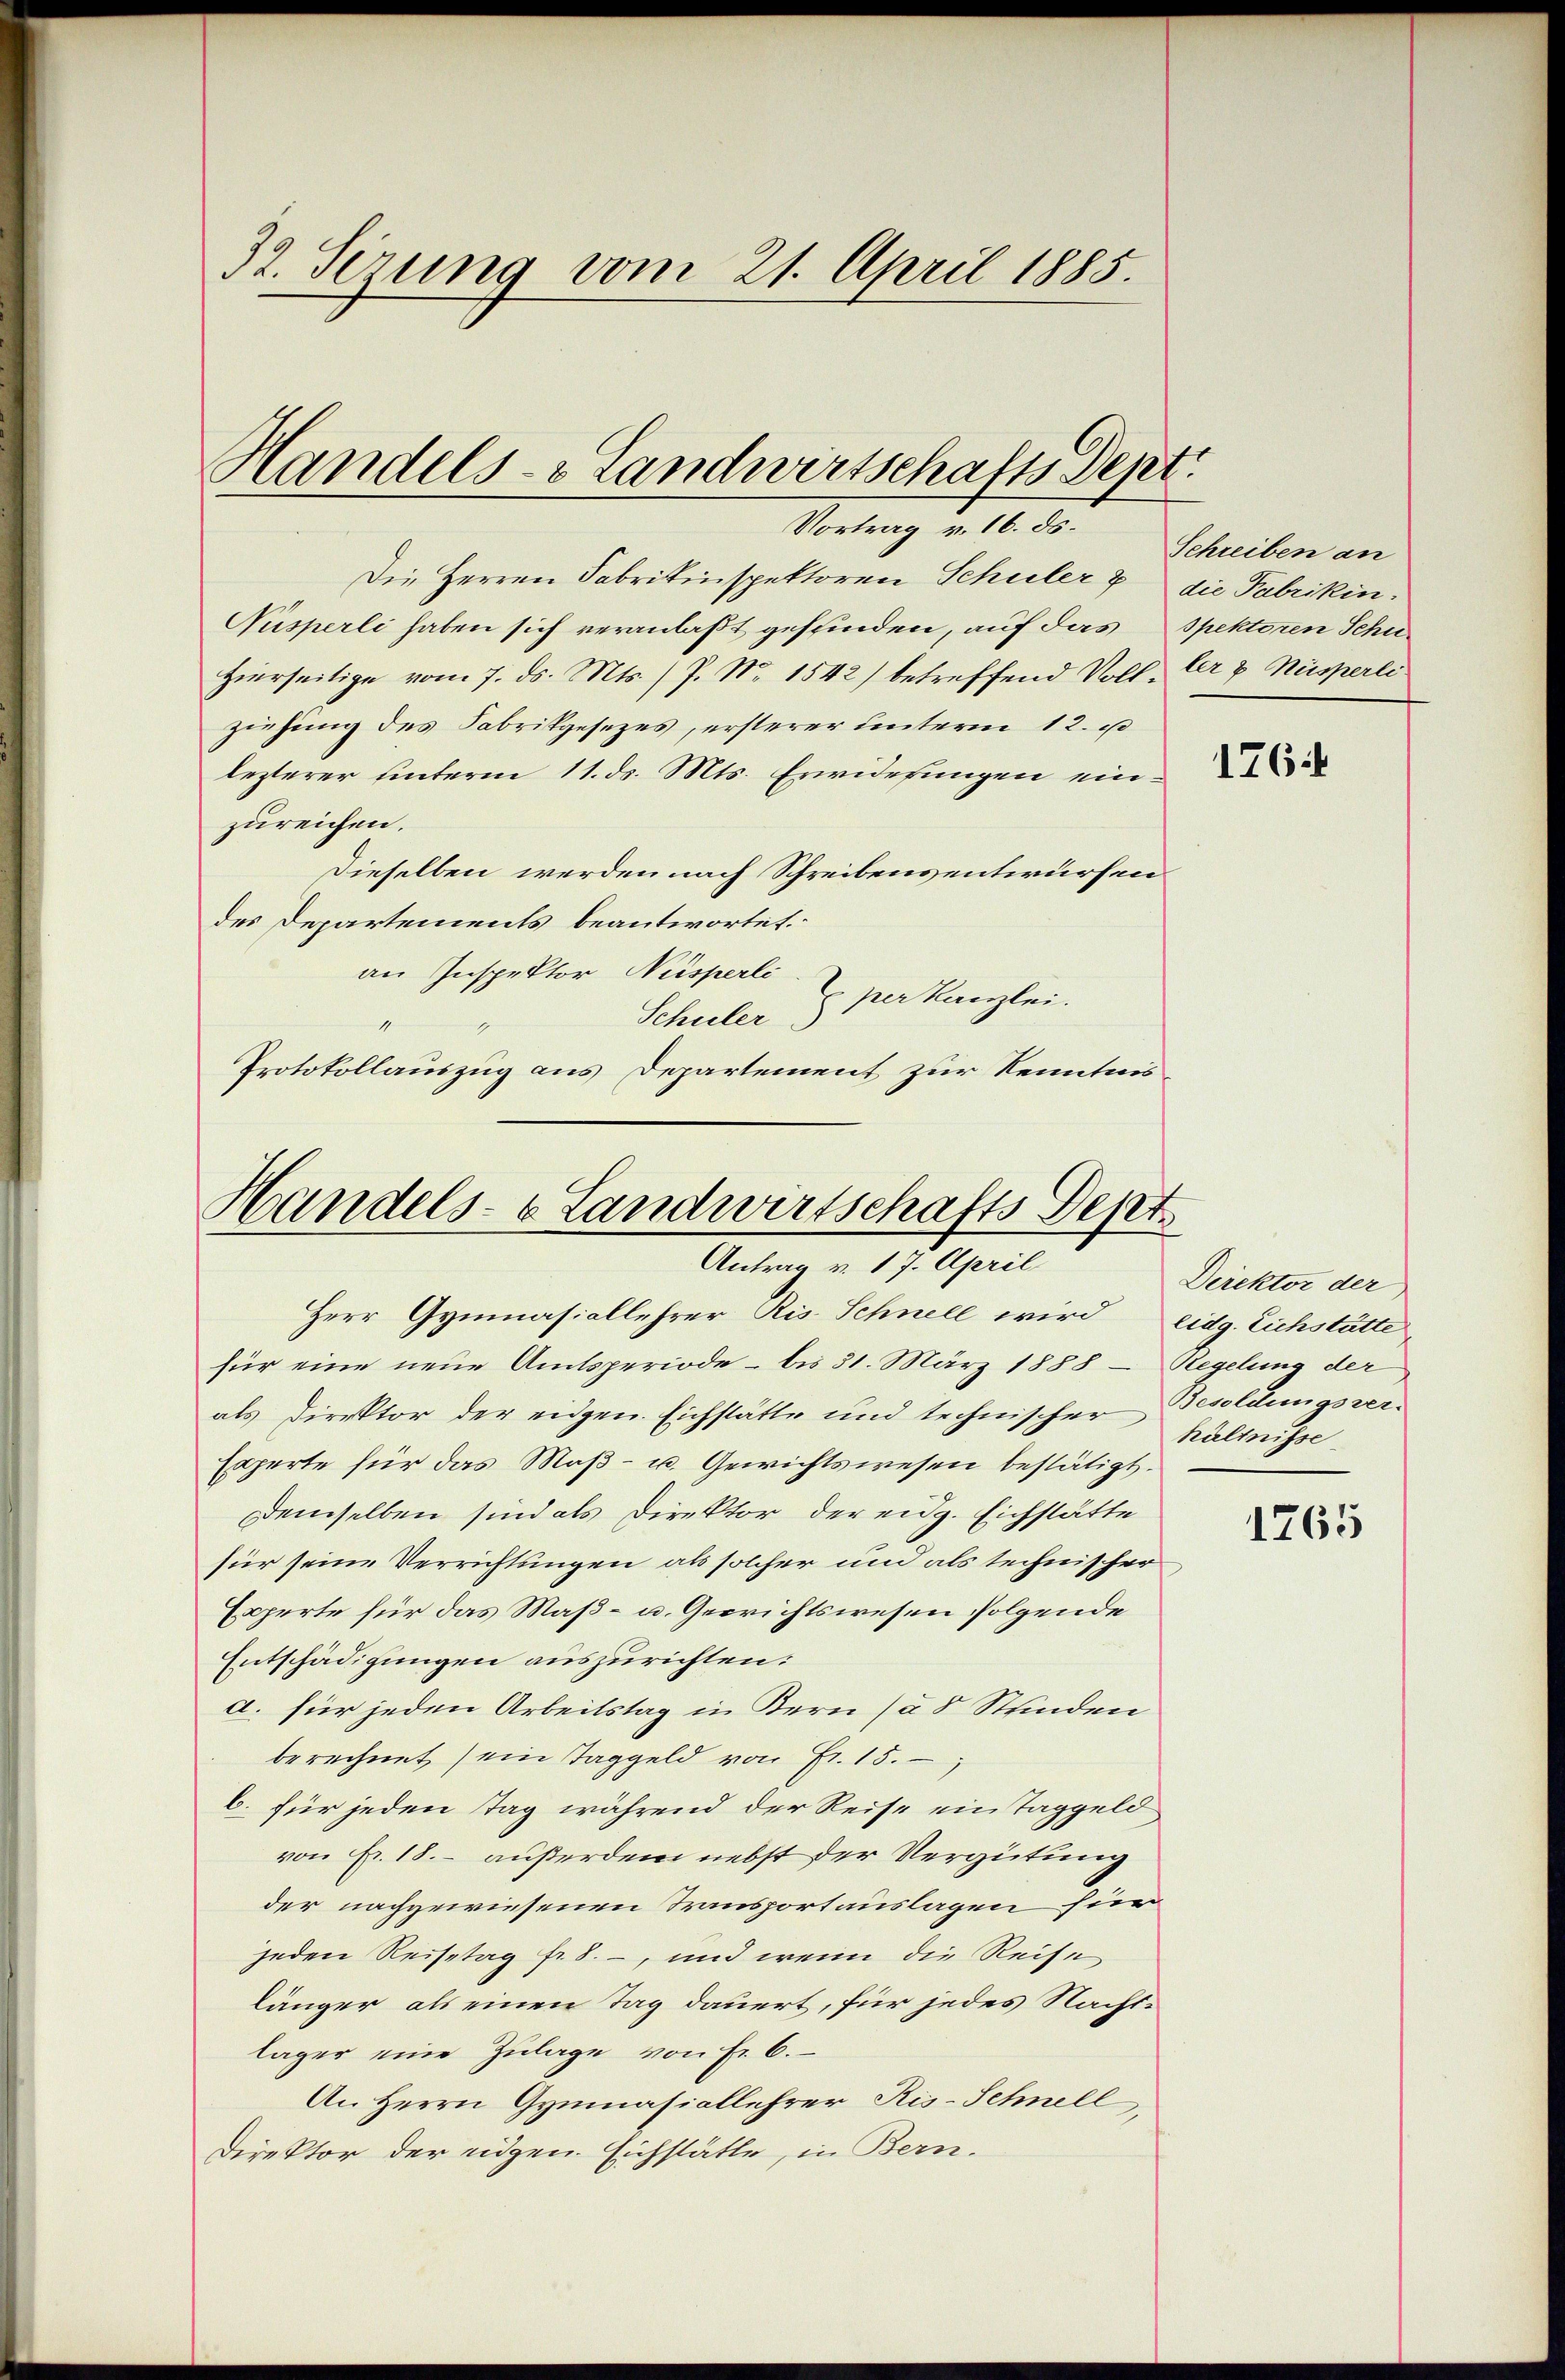
32. Sezung vom 21. April 1885.

Handels- & Landwirtschafts Dept.
Vortrag v. 16. ds.

Die Herren Fabrikinspektoren Schuler & die Fabrikin¬
Nusperli haben sich veranlaßt geffinden, auf das Spektoren Schuhierseitige vom 7. ds. Mts. / P. Nr. 1542) betreffend Voll Er 7 Nisperli
ziehung des Fabrikgesezes, ersterer unterm 12. u
lezterer unterm 11. ds. Mts. Erwiderungen einzureichen.
Dieselben werden nach Schreibensentwürfen
des Departements beantwortet.
an Inspektor, Nüsperli
per Kanzlei.
Schuler
Protokollauszug aus Departement zur Kenntnis¬

Handels- & Landwirtschafts Sept.
Antrag v. 17. April
Herr Gymnasiallehrer Ris. Schnell wird eidg. Eichstätte

für eine neue Amtsperiode - bis 31. März 1888 - Regelung der
als Direktor der eidgen. Eichstätte und technischer Besoldungsver¬
Experte für das Maß- u. Gewichtswesen bestätigt.
Demselben sind als Direktor der eidg. Eichstätte
für seine Verrichtungen als solcher und als technischer
Experte für das Maß- u. Gerichtswesen folgende
Entschädigungen auszurichten:
a. für jeden Arbeitstag in Bern (à 8 Stunden
berechnet (ein Taggeld von Fr. 15.
b. für jeden Tag während der Reise ein Taggeld,
von Fr. 18. – außerdem nebst der Vergütung
der nachgewiesenen Transportauslagen für
jeden Reisetag fr. 8. –, und wenn die Reise
länger als einen Tag dauert, für jedes Nachtläger eine Zulage von Fr. 6.
An Herrn Gymnasiallehrer Ris-Schnell,
Direktor der eidgen. Eichstätte, in Bern¬

Schreiben an

1764

Direktor der
hältnisse

1765